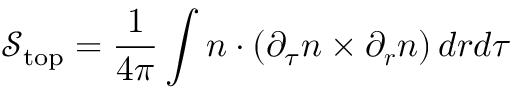
\mathcal { S } _ { \mathrm { t o p } } = \frac { 1 } { 4 \pi } \int { \boldsymbol { n } } \cdot \left( \partial _ { \tau } \boldsymbol { n } \times \partial _ { \boldsymbol { r } } \boldsymbol { n } \right) d \boldsymbol { r } d \tau